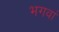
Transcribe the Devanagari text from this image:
भगवां